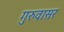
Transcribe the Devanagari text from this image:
गुरुवासर